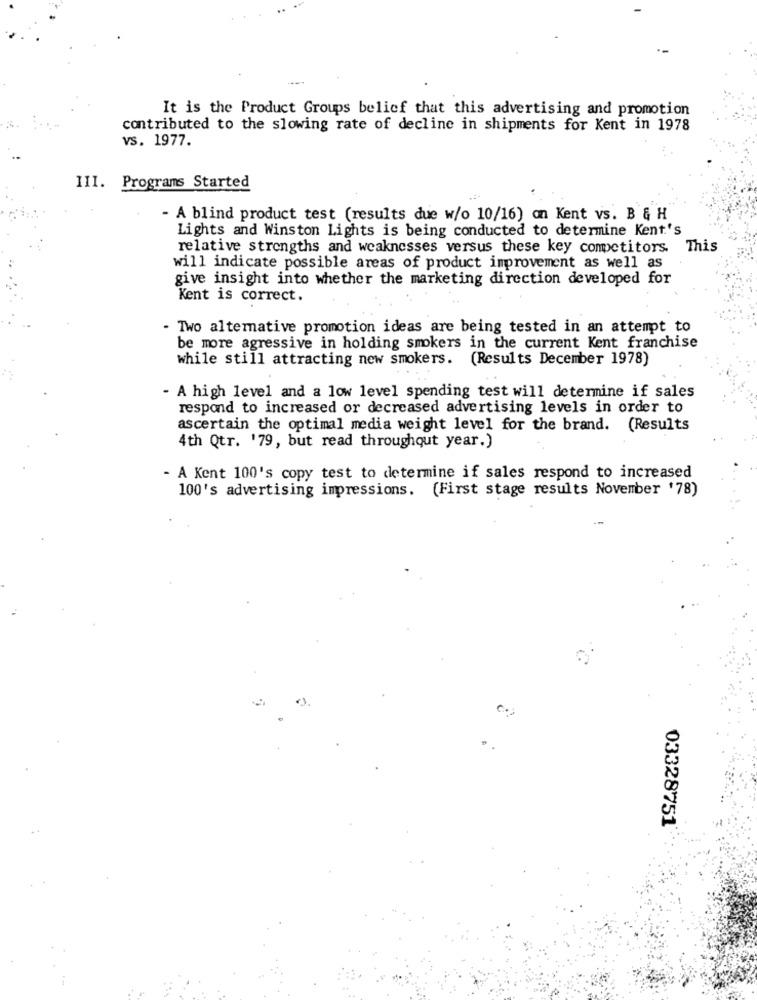
..
It is the Product Groups belief that this advertising and promotion
contributed to the slowing rate of decline in shipments for Kent in 1978
vs. 1977.
III. Programs Started
- A blind product test (results due w/o 10/16) on Kent vs. B & H
Lights and Winston Lights is being conducted to determine Kent's
relative strengths and weaknesses versus these key competitors. This
will indicate possible areas of product improvement as well as
give insight into whether the marketing direction developed for
Kent is correct.
- Two altemative promotion ideas are being tested in an attempt to
be more agressive in holding smokers in the current Kent franchise
while still attracting new smokers. (Results December 1978)
- A high level and a low level spending test will determine if sales
respond to increased or decreased advertising levels in order to
ascertain the optimal media weight level for the brand. (Results
4th Qtr. '79, but read throughout year.)
- A Kent 100's copy test to determine if sales respond to increased
100's advertising impressions. (First stage results November '78)
03328751